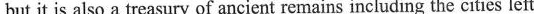
but it is also a treasury of ancient remains including the cities left